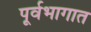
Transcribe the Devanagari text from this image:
पूर्वभागात